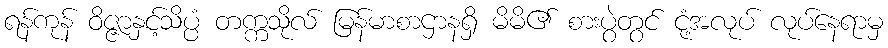
ရန်ကုန် ဝိဇ္ဇာနှင့်သိပ္ပံ တက္ကသိုလ် မြန်မာစာဌာနရှိ မိမိ၏ စားပွဲတွင် ငုံ့အလုပ် လုပ်နေရာမှ